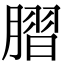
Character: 䐲